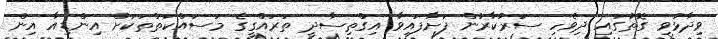
ވިދާޅުވި ގޮތުގައި ދިވެހި ސަރުކާރުން ފަށާފައިވާ އިގްތިސާދީ ތަރައްގީގެ މަސައްކަތްތަކަށް އިންޑިއާ އިން